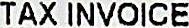
TAX INVOICE